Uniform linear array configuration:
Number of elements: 8
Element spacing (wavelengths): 0.5
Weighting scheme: blackman
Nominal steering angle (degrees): -15
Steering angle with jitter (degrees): -15.178
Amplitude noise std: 0.05
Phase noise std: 0.05

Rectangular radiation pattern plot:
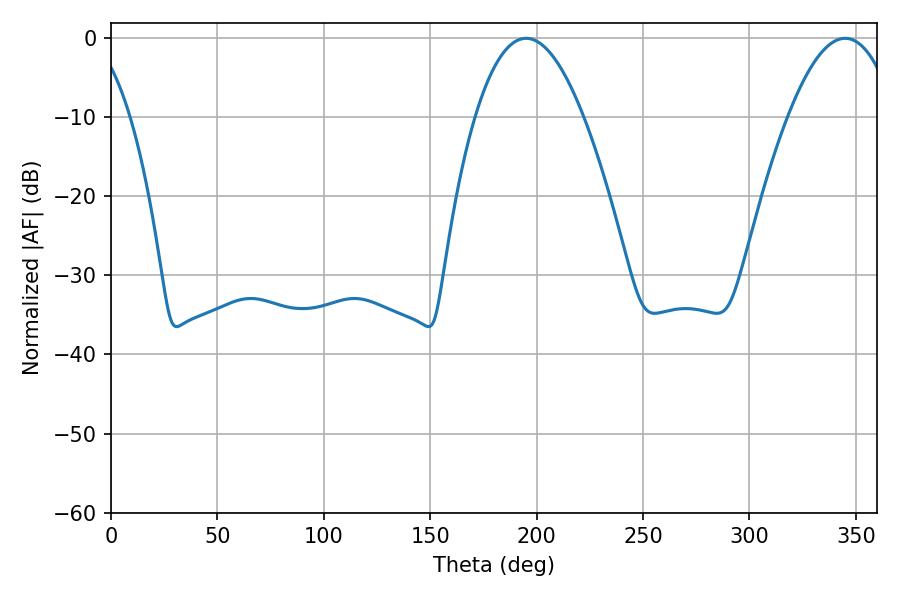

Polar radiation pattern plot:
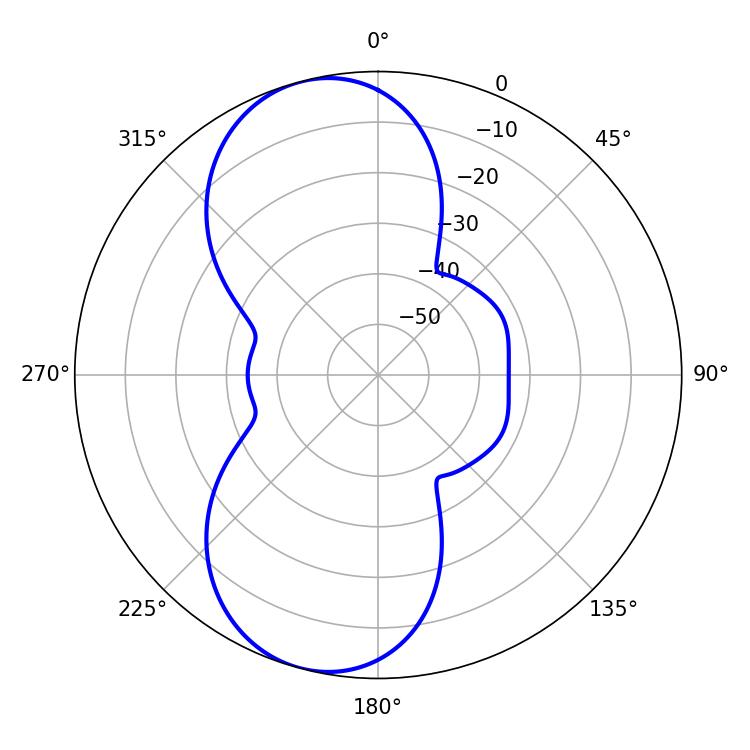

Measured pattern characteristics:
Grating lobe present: FALSE
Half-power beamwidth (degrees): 28.08
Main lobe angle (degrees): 195.12